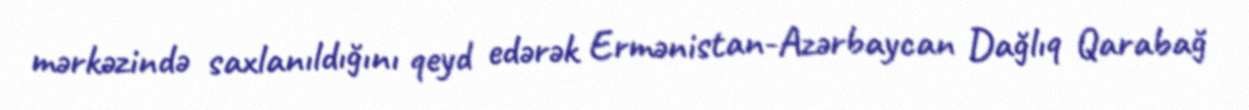
mərkəzində saxlanıldığını qeyd edərək Ermənistan-Azərbaycan Dağlıq Qarabağ